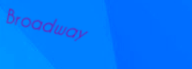
Broadway